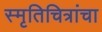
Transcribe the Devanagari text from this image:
स्मृतिचित्रांचा